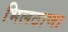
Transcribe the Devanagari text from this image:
भिलठाणा